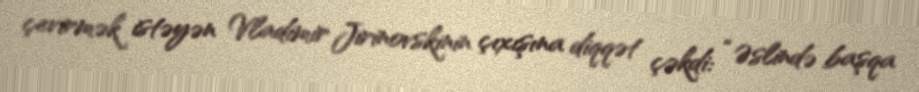
çevirmək istəyən Vladimir Jirinovskinin çıxışına diqqət çəkdi: “Əslində başqa